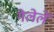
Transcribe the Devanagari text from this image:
गेलेलें